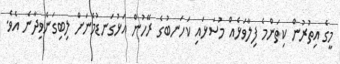
މީގެ އިތުރުން ކިތަންމެ ފިލާވަޅެއް މުސަޅައި ކަހަނބުގެ ރޭހުން އަޅުގަނޑުމެނަށް ލިބިގަނެވިދާނެ އެވެ.